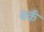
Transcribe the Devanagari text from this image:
बर्कं